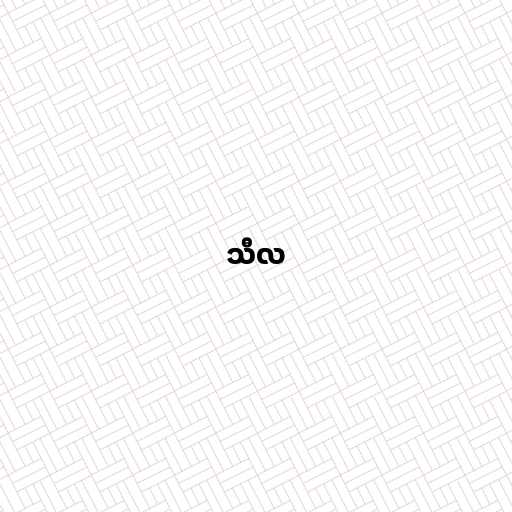
သီလ